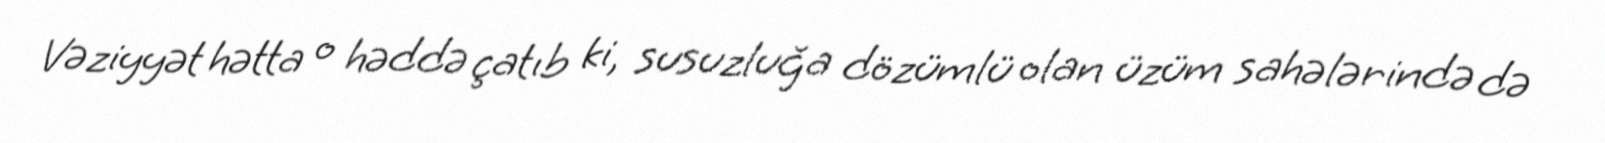
Vəziyyət hətta o həddə çatıb ki, susuzluğa dözümlü olan üzüm sahələrində də